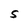
Character: S